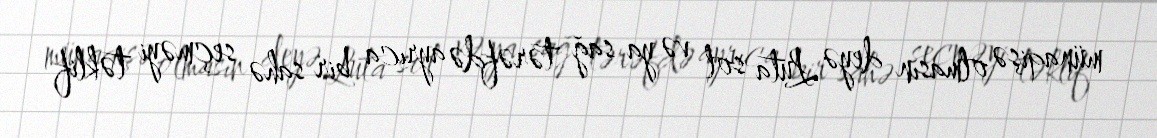
münaqişə olmasın deyə Luta sol və ya sağ tərəfdə ayrıca bir sahə seçməyi təklif